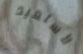
لأستعيد